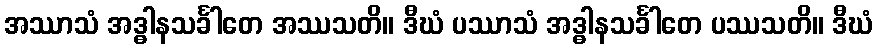
အဿာသံ အဒ္ဓါနသင်္ခါတေ အဿသတိ။ ဒီဃံ ပဿာသံ အဒ္ဓါနသင်္ခါတေ ပဿသတိ။ ဒီဃံ